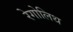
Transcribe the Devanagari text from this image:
रेगोलिथ